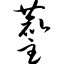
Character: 麈